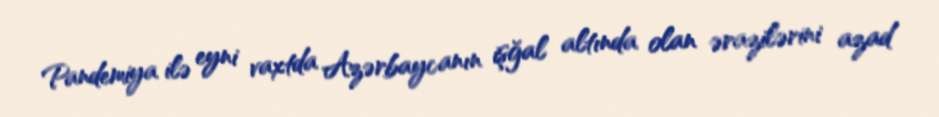
Pandemiya ilə eyni vaxtda Azərbaycanın işğal altında olan ərazilərini azad